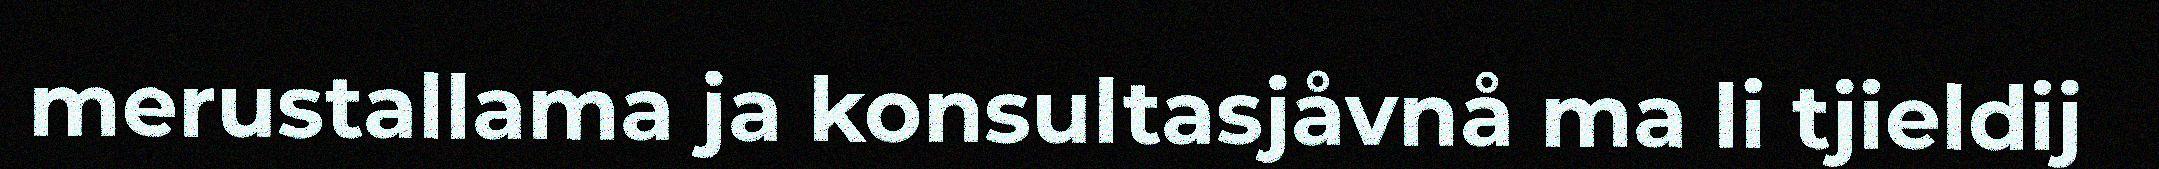
merustallama ja konsultasjåvnå ma li tjieldij